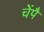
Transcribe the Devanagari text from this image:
चेंपै